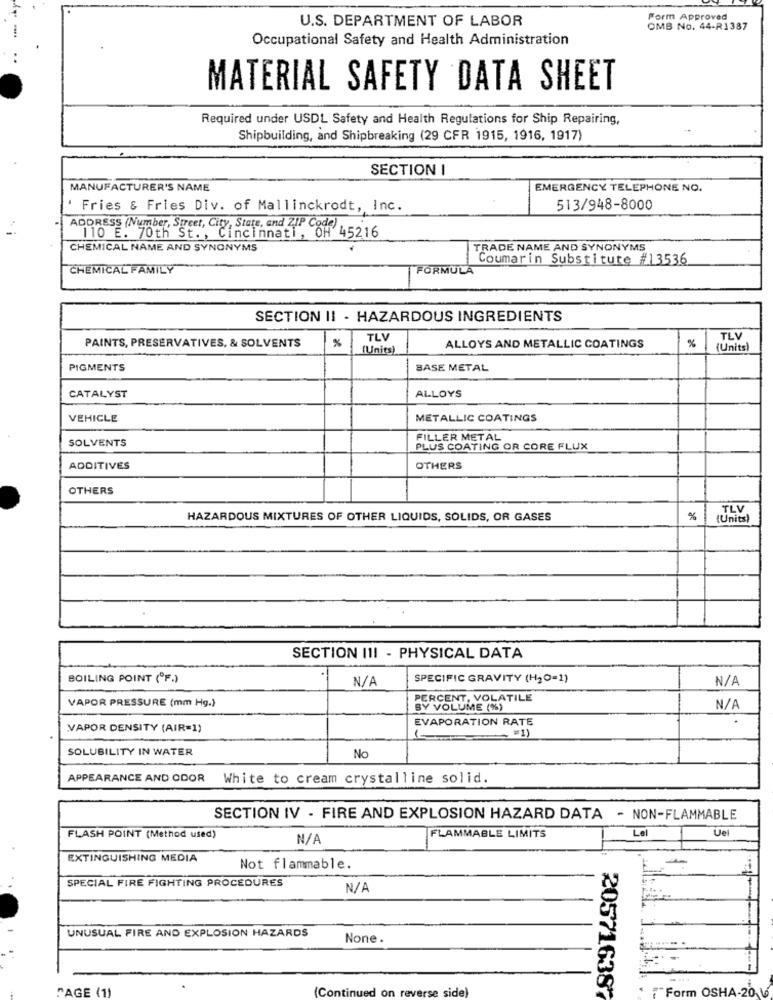
Form Approved
U.S. DEPARTMENT OF LABOR
OMB No. 44-R1387
Occupational Safety and Health Administration
MATERIAL SAFETY DATA SHEET
Required under USDL Safety and Health Regulations for Ship Repairing,
Shipbuilding, and Shipbreaking (29 CFR 1915, 1916, 1917)
SECTION I
MANUFACTURER'S NAME
EMERGENCY TELEPHONE NO.
Fries & Fries Div. of Mallinckrodt, Inc.
513/948-8000
ADDRESS (Number, Street, City, State, and ZIP Code)
110 E. 70th St. , Cincinnati, OH 45216
CHEMICAL NAME AND SYNONYMS
TRADE NAME AND SYNONYMS
Coumarin Substitute #13536
CHEMICAL FAMILY
FORMULA
SECTION II - HAZARDOUS INGREDIENTS
PAINTS, PRESERVATIVES, & SOLVENTS
%
TLV
%
TLV
(Units)
ALLOYS AND METALLIC COATINGS
(Units
PIGMENTS
BASE METAL
ALLOYS
CATALYST
VEHICLE
METALLIC COATINGS
SOLVENTS
FILLER METAL
PLUS COATING OR CORE FLUX
ADDITIVES
OTHERS
OTHERS
TLV
HAZARDOUS MIXTURES OF OTHER LIQUIDS, SOLIDS, OR GASES
%
(Units)
SECTION III - PHYSICAL DATA
BOILING POINT (ºF.)
SPECIFIC GRAVITY (H2O=1)
VAPOR PRESSURE (mm Hg.)
PERCENT, VOLATILE
BY VOLUME (%)
EVAPORATION RATE
VAPOR DENSITY (AIR=1)
__= 1)
SOLUBILITY IN WATER
No
APPEARANCE AND ODOR
White to cream crystalline solid.
SECTION IV - FIRE AND EXPLOSION HAZARD DATA - NON-FLAMMABLE
Lel
Uel
FLASH POINT (Method used)
FLAMMABLE LIMITS
EXTINGUISHING MEDIA
Not flammable.
SPECIAL FIRE FIGHTING PROCEDURES
UNUSUAL FIRE AND EXPLOSION HAZARDS
None.
PAGE (1)
(Continued on reverse side)
205716387
$ Form OSHA-20 V